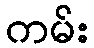
ကမ်း